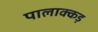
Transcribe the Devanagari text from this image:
पालाक्कड़